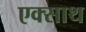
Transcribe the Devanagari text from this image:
एक्साथ